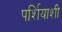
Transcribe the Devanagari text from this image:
पर्शियाशी